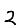
Digit: 2